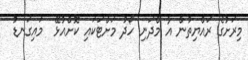
މިރަށުގެ ރައްޔިތުން އާ މްދަނި ހޯދު މަށްޓަކައި ކޮށްއުޅޭ  މައިގަނޑު